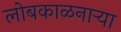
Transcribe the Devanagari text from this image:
लोबकाळनाऱ्या